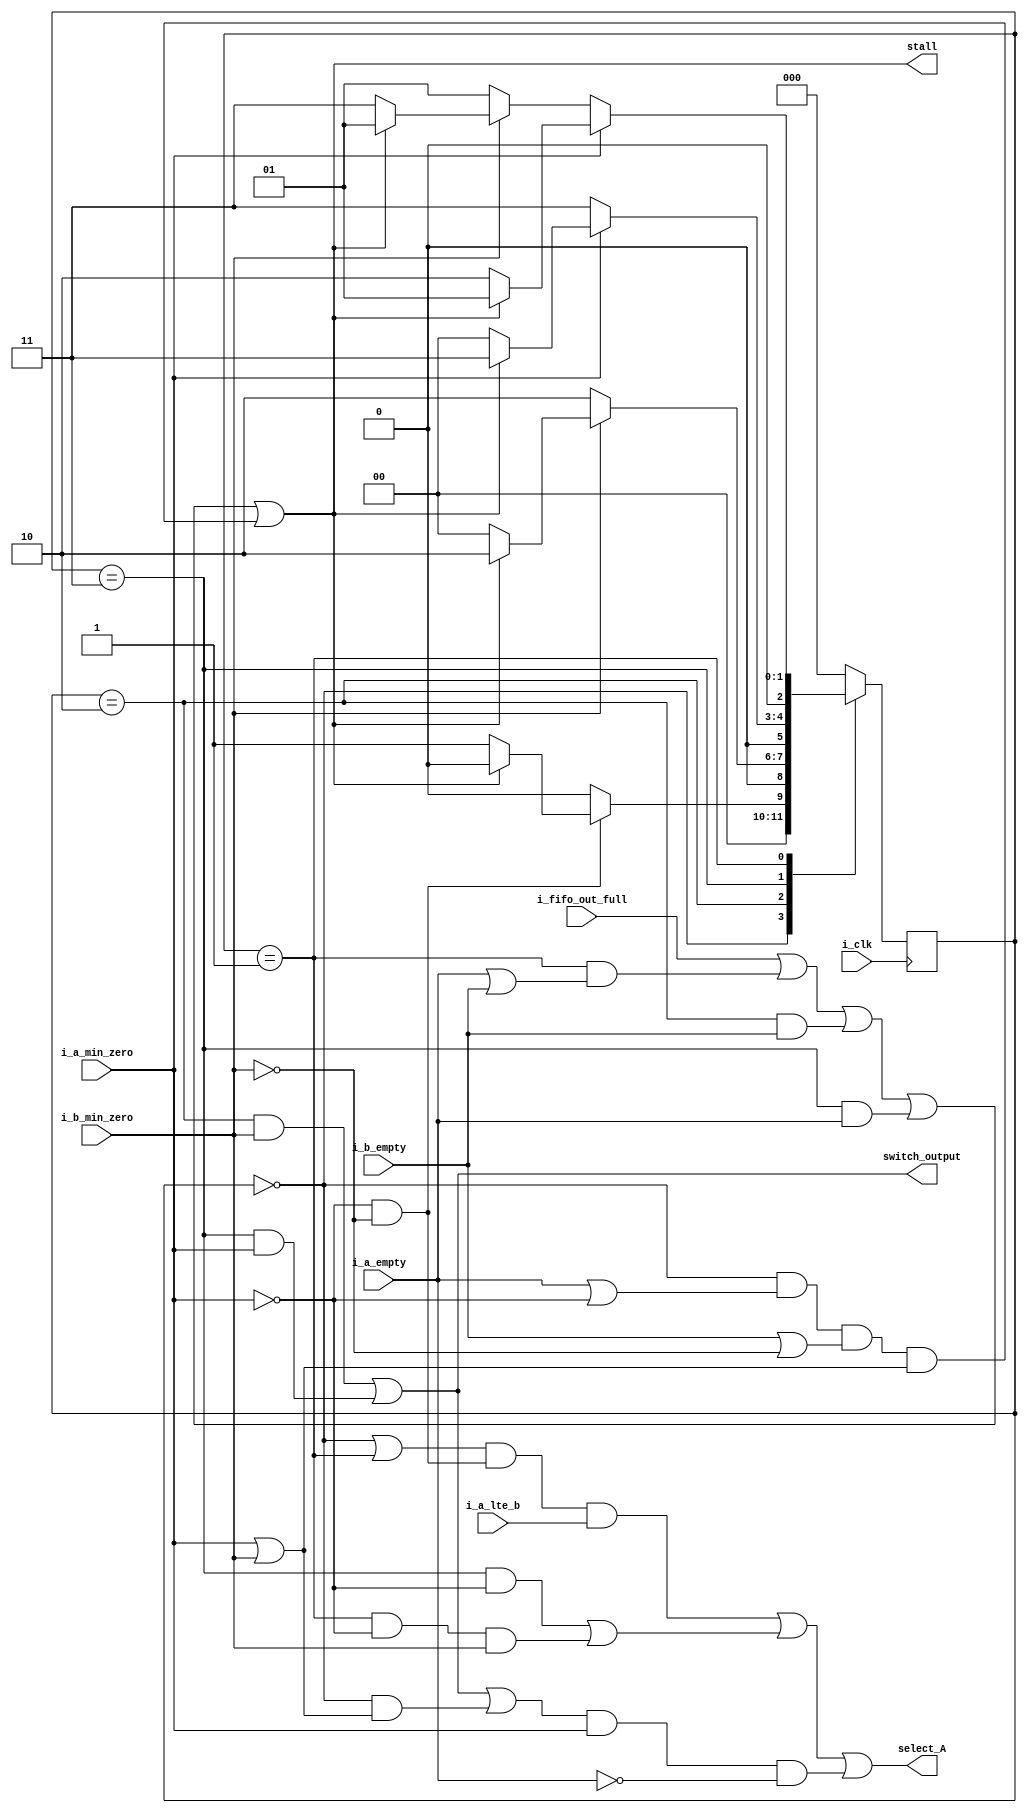
`timescale 1 ns/10 ps

module CONTROL(input i_clk,
	       input  i_fifo_out_full, 
	       input  i_a_min_zero,
	       input  i_b_min_zero,
	       input  i_a_lte_b,
	       input  i_a_empty,
	       input  i_b_empty,
	       output select_A,
	       output stall,
	       output switch_output
	       );
   
   parameter NOMINAL = 3'b001;
   parameter TOGGLE = 3'b000;
   parameter DONE_A = 3'b010;
   parameter DONE_B = 3'b011;
   parameter FINISHED = 3'b100;

   parameter period = 4;
   
   reg [2:0] 	      state;
   reg [2:0] 	      next_state;
   reg                ready;
   

   // Next-state logic
   always @(*) begin
      case(state)
	TOGGLE: if (~i_a_min_zero & ~i_b_min_zero) begin
	   next_state <= stall ? TOGGLE : NOMINAL;
	end else begin
	   next_state <= stall ? TOGGLE : TOGGLE;
	end
	DONE_A: if (i_b_min_zero) begin
	   next_state <= stall ? DONE_A : TOGGLE;
	end else begin
	   next_state <= DONE_A;
	end
	DONE_B: if (i_a_min_zero) begin
	   next_state <= stall ? DONE_B : TOGGLE;
	end else begin
	   next_state <= DONE_B;
	end
	NOMINAL: if (i_a_min_zero) begin
	   next_state <= stall ? NOMINAL : DONE_A;
	end else if (i_b_min_zero) begin
	   next_state <= stall ? NOMINAL : DONE_B;
	end else begin
	   next_state <= NOMINAL;
	end
	default: next_state <= TOGGLE;
      endcase	
   end
/*
      next_state <= (state == TOGGLE) ? (((~i_a_min_zero & ~i_b_min_zero) ? NOMINAL : TOGGLE)) :
		   (state == DONE_A) ? ((i_b_min_zero ? TOGGLE : DONE_A)) :
		   (state == DONE_B) ? ((i_a_min_zero ? TOGGLE : DONE_B)) :
		   (state == NOMINAL) ? (i_a_min_zero ? DONE_A :
					 (i_b_min_zero ? DONE_B : NOMINAL)) :
		   FINISHED; 
 */
   // Outputs
   assign stall = (i_fifo_out_full) | ((state == NOMINAL) & (i_a_empty | i_b_empty)) | (state == DONE_A & i_b_empty) | (state == DONE_B & i_a_empty) | (state == TOGGLE & (i_a_empty | ~i_a_min_zero) & (i_b_empty | ~i_b_min_zero) & (i_a_min_zero | i_b_min_zero));
   assign switch_output = (state == DONE_A & i_b_min_zero) | (state == DONE_B & i_a_min_zero);
   assign select_A = (((state == TOGGLE | state == NOMINAL) & (~i_a_min_zero & ~i_b_min_zero)) & i_a_lte_b) | ((state == DONE_B & ~i_a_min_zero) | (state == NOMINAL & ~i_a_min_zero & i_b_min_zero)) | (((state == DONE_A & i_b_min_zero) | (state == DONE_B & i_a_min_zero) | (state == TOGGLE & (i_a_min_zero | i_b_min_zero))) & i_a_min_zero & ~i_a_empty);

   initial
     begin
	ready <= 0;
	state <= 3'b000;
	// select_A <= 1'b0;
	// switch_output <= 1'b0;
     end

   // Memory element
   always @(posedge i_clk) begin
	 state <= next_state;
   end
endmodule